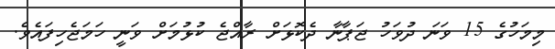
މިމަހުގެ 15 ވަނަ ދުވަހު ޖަޕާނާ ދެކޮޅަށް ރާއްޖެ ކުޅުމަށް ވަނީ ހަމަޖެހިފައެވެ.